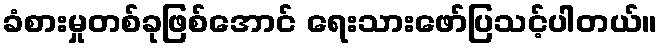
ခံစားမှုတစ်ခုဖြစ်အောင် ရေးသားဖော်ပြသင့်ပါတယ်။